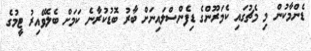
ޑެންމާކުން މި މެޗުގައި ކެމަރޫންގެ ޑިފެންސްލައިނަށް ބާރު ބޮޑުކުރާނެ ކަމަށް ބެލެވޭއިރު ޓީމުގެ